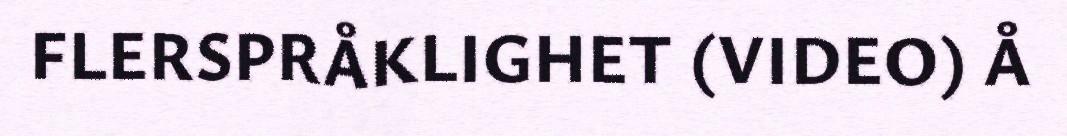
FLERSPRÅKLIGHET (VIDEO) Å